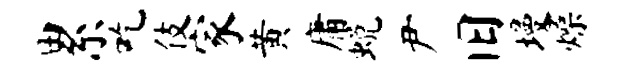
累吃伎家黄庸蜕尹旧墁燥